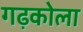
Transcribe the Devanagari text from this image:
गढ़कोला